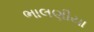
ભાલણીયા